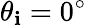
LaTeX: \theta_{\mathbf{i}}=0^{\circ}